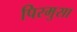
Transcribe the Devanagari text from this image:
पिरमुसा